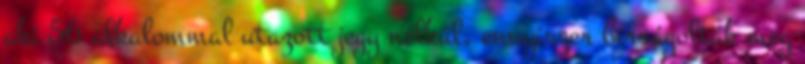
aki 56 alkalommal utazott jegy nélkül, ennyiszer bírságolták meg